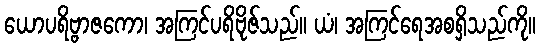
ယောပရိဗ္ဗာဇကော၊ အကြင်ပရိဗိုဇ်သည်။ ယံ၊ အကြင်ရေအစရှိသည်ကို။